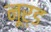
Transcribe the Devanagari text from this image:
नूर्ड